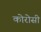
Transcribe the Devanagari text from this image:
कोरोसी